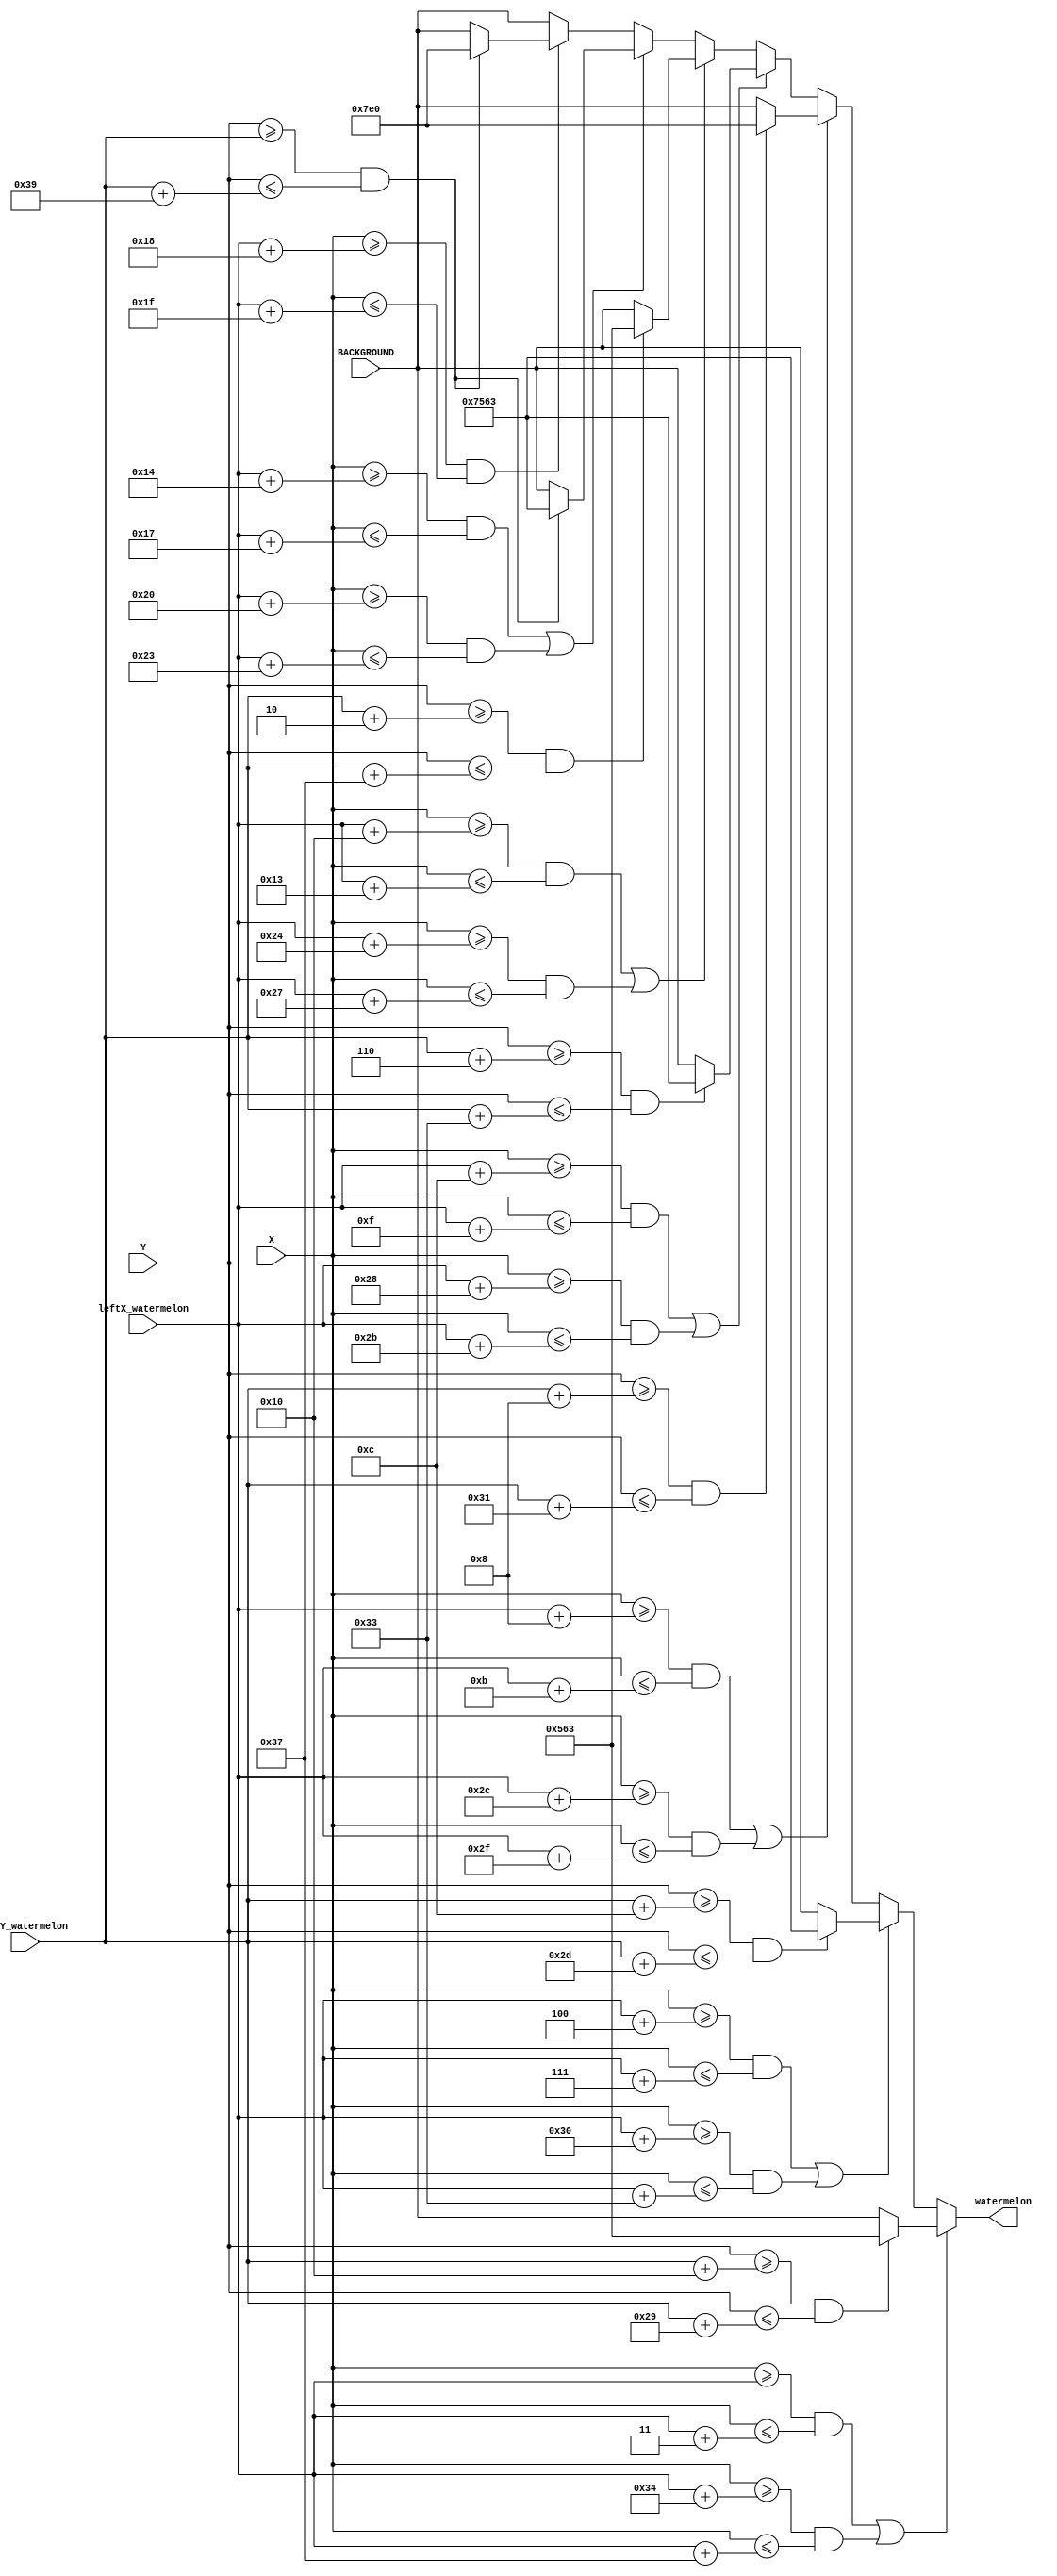
`timescale 1ns / 1ps
//////////////////////////////////////////////////////////////////////////////////
// Company: 
// Engineer: 
// 
// Design Name: 
// Module Name: watermelon_display
// Project Name: 
// Target Devices: 
// Tool Versions: 
// Description: 
// 
// Dependencies: 
// 
// Revision:
// Revision 0.01 - File Created
// Additional Comments:
// 
//////////////////////////////////////////////////////////////////////////////////


module watermelon_display(
    input [6:0] X,
    input [5:0] Y,
    input [6:0] leftX_watermelon,
    input [5:0] topY_watermelon,
    input [15:0] BACKGROUND,
    output reg [15:0]watermelon = 16'd0
    );
    
    parameter [15:0]AVG_GREEN = 16'b00000_101011_00011;
    parameter [15:0]DARK_GREEN = 16'b01110_101011_00011;
    parameter [15:0]LIGHT_GREEN = 16'b00000_111111_00000; 
    
    always @ (X or Y)
    begin
        if (((X >= leftX_watermelon) && (X <= (leftX_watermelon + 3))) || ((X >= (leftX_watermelon + 52)) && (X <= (leftX_watermelon + 55))))
            begin
            if ((Y >= (topY_watermelon + 16)) && (Y <= (topY_watermelon + 41)))
                watermelon = AVG_GREEN;
            else
                watermelon = BACKGROUND;
            end
            
        else if (((X >= (leftX_watermelon + 4)) && (X <= (leftX_watermelon + 7))) || ((X >= (leftX_watermelon + 48)) && (X <= (leftX_watermelon + 51))))
            begin
            if ((Y >= (topY_watermelon + 12)) && (Y <= (topY_watermelon + 45)))
                watermelon = DARK_GREEN;
            else
                watermelon = BACKGROUND;
            end
            
        else if (((X >= (leftX_watermelon + 8)) && (X <= (leftX_watermelon + 11))) || ((X >= (leftX_watermelon + 44)) && (X <= (leftX_watermelon + 47))))
                begin
                if ((Y >= (topY_watermelon + 8)) && (Y <= (topY_watermelon + 49)))
                    watermelon = LIGHT_GREEN;
                else
                    watermelon = BACKGROUND;
                end

        else if (((X >= (leftX_watermelon + 12)) && (X <= (leftX_watermelon + 15))) || ((X >= (leftX_watermelon + 40)) && (X <= (leftX_watermelon + 43))))
                begin
                if ((Y >= (topY_watermelon + 6)) && (Y <= (topY_watermelon + 51)))
                    watermelon = DARK_GREEN;
                else
                    watermelon = BACKGROUND;
                end

        else if (((X >= (leftX_watermelon + 16)) && (X <= (leftX_watermelon + 19))) || ((X >= (leftX_watermelon + 36)) && (X <= (leftX_watermelon + 39))))
                begin
                if ((Y >= (topY_watermelon + 2)) && (Y <= (topY_watermelon + 55)))
                    watermelon = AVG_GREEN;
                else
                    watermelon = BACKGROUND;
                end

        else if (((X >= (leftX_watermelon + 20)) && (X <= (leftX_watermelon + 23))) || ((X >= (leftX_watermelon + 32)) && (X <= (leftX_watermelon + 35))))
                begin
                if ((Y >= (topY_watermelon)) && (Y <= (topY_watermelon + 57)))
                    watermelon = DARK_GREEN;
                else
                    watermelon = BACKGROUND;
                end

        else if ((X >= (leftX_watermelon + 24)) && (X <= (leftX_watermelon + 31)))
                begin
                if ((Y >= (topY_watermelon)) && (Y <= (topY_watermelon + 57)))
                    watermelon = LIGHT_GREEN;
                else
                    watermelon = BACKGROUND;
                end
        
        else 
            watermelon = BACKGROUND;
    end
    
endmodule